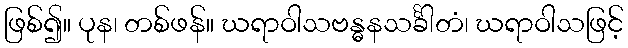
ဖြစ်၍။ ပုန၊ တစ်ဖန်။ ဃရာဝါသဗန္ဓနသင်္ခါတံ၊ ဃရာဝါသဖြင့်